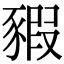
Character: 豭